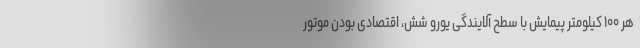
هر ۱۰۰ کیلومتر پیمایش با سطح آلایندگی یورو شش، اقتصادی بودن موتور